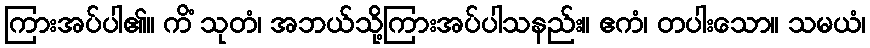
ကြားအပ်ပါ၏။ ကိံ သုတံ၊ အဘယ်သို့ကြားအပ်ပါသနည်း။ ဧကံ၊ တပါးသော။ သမယံ၊